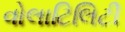
વોલાટિલિટી